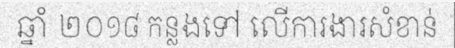
ឆ្នាំ ២០១៨ កន្លងទៅ លើការងារសំខាន់